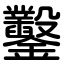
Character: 鑿